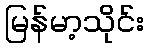
မြန်မာ့သိုင်း